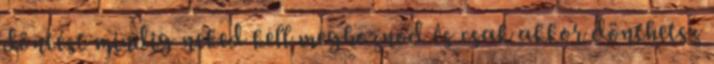
döntést mindig neked kell meghoznod és csak akkor dönthetsz